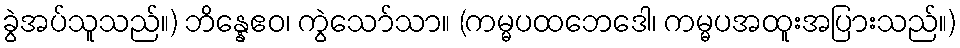
ခွဲအပ်သူသည်။) ဘိန္နေဧဝ၊ ကွဲသော်သာ။ (ကမ္မပထဘေဒေါ၊ ကမ္မပအထူးအပြားသည်။)